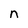
Character: n